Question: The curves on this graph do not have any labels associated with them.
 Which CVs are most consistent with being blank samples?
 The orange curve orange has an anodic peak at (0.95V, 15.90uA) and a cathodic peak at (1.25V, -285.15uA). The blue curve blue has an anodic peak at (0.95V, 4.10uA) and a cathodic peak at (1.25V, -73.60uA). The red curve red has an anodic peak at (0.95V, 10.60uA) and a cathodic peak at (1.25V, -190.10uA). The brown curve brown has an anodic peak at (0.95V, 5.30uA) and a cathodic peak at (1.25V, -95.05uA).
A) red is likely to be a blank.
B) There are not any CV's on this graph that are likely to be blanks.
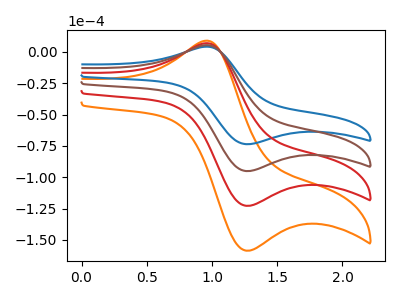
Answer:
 <answer>B) There are not any CV's on this graph that are likely to be blanks.</answer>
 <eval>B</eval>